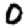
Digit: 0